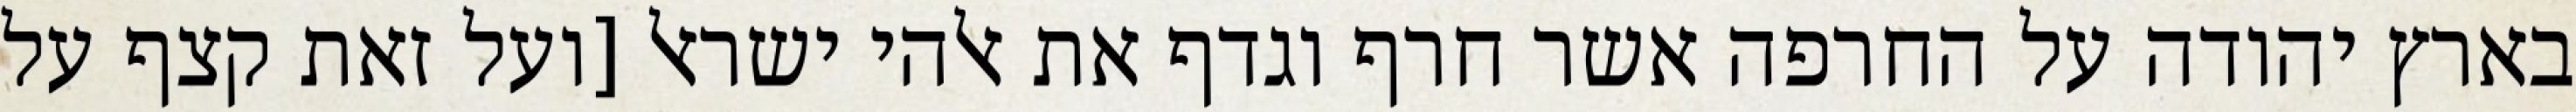
בארץ יהודה על החרפה אשר חרף וגדף את אלהי ישראל [ועל זאת קצף על